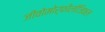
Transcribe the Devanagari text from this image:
जीवोमोर्फीलॉजिकल